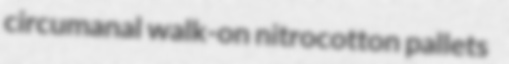
circumanal walk-on nitrocotton pallets